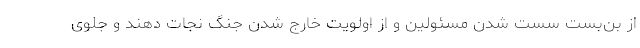
از بن‌بست سست شدن مسئولین و از اولویت خارج شدن جنگ نجات دهند و جلوی